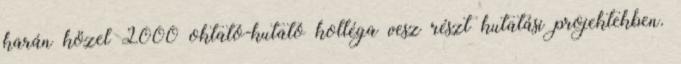
karán közel 2000 oktató-kutató kolléga vesz részt kutatási projektekben.